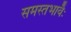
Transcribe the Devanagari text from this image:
समस्तभावैः